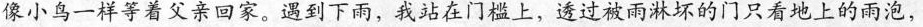
像小鸟一样等着父亲回家。遇到下雨，我站在门槛上，透过被雨淋坏的门只看地上的雨泡，